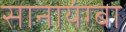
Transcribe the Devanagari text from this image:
सानायंग्बा